Report of the King Institute of Preventive Medicine, Guindy
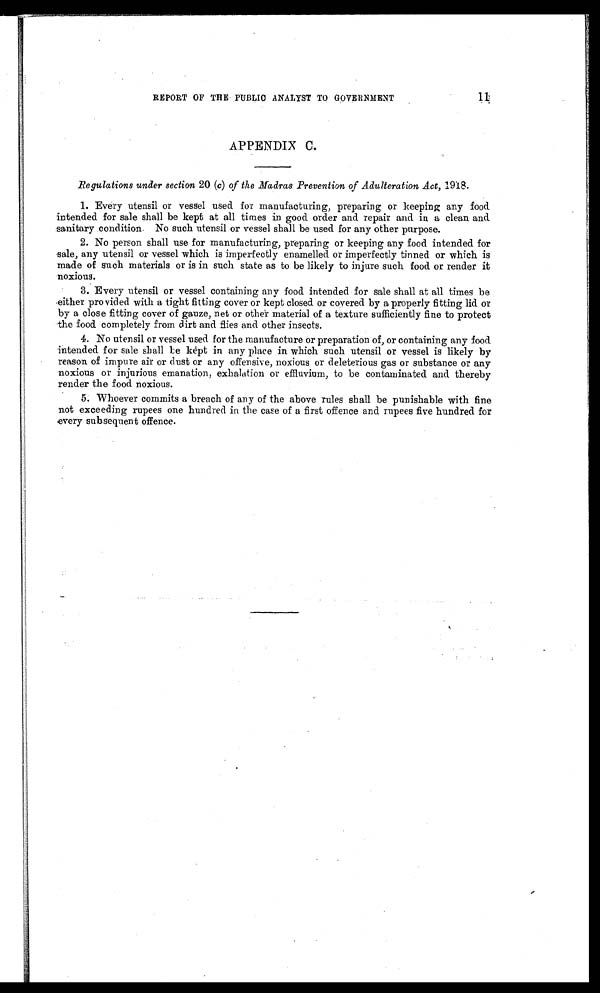
11
REPORT OF THE PUBLIC ANALYST TO GOVERNMENT
APPENDIX C.
Regulations under section 20 (c) of the Madras Prevention of Adulteration Act, 1918.
1. Every utensil or vessel used for manufacturing, preparing or keeping any food
intended for sale shall be kept at all times in good order and repair and in a clean and
sanitary condition. No such utensil or vessel shall be used for any other purpose.
2. No person shall use for manufacturing, preparing or keeping any food intended for
sale, any utensil or vessel which is imperfectly enamelled or imperfectly tinned or which is
made of such materials or is in such state as to be likely to injure such food or render it
noxious.
3. Every utensil or vessel containing any food intended for sale shall at all times be
either provided with a tight fitting cover or kept closed or covered by a properly fitting lid or
by a close fitting cover of gauze, net or other material of a texture sufficiently fine to protect
the food completely from dirt and flies and other insects.
4. No utensil or vessel used for the manufacture or preparation of, or containing any food
intended for sale shall b e kept in any place in which such utensil or vessel is likely by
reason of impure air or dust or any offensive, noxious or deleterious gas or substance or any
noxious or injurious emanation, exhalation or effluvium, to be contaminated and thereby
render the food noxious.
5. Whoever commits a breach of any of the above rules shall be punishable with fine
not exceeding rupees one hundred in the case of a first offence and rupees five hundred for
every subsequent offence.